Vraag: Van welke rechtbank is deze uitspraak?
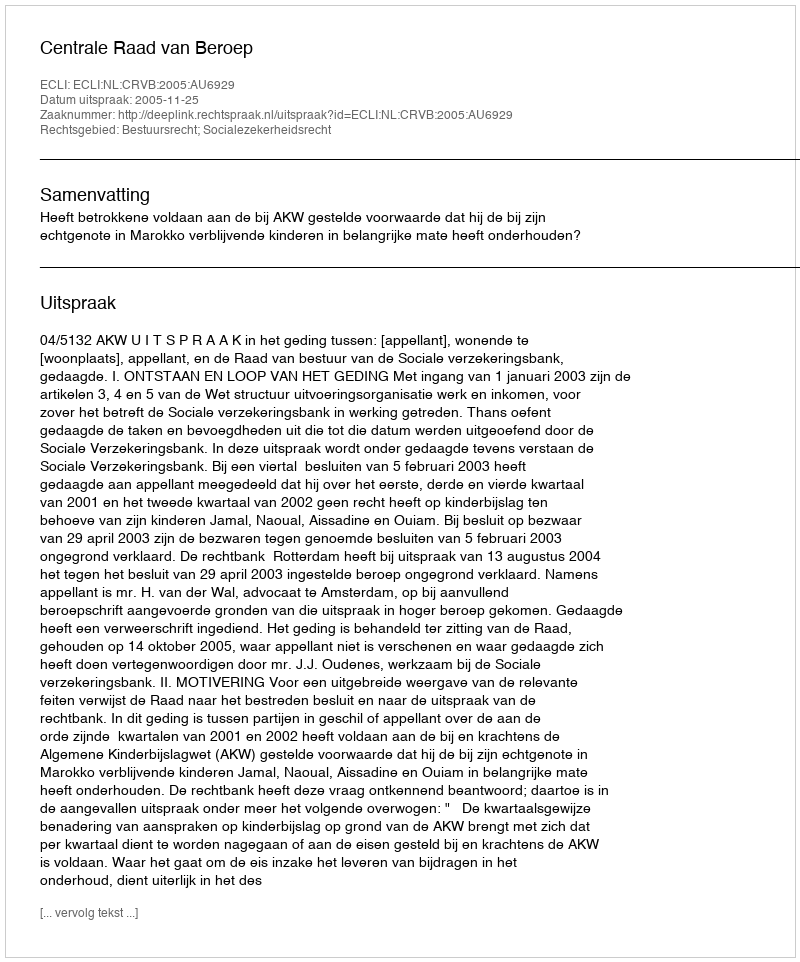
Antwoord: Centrale Raad van Beroep